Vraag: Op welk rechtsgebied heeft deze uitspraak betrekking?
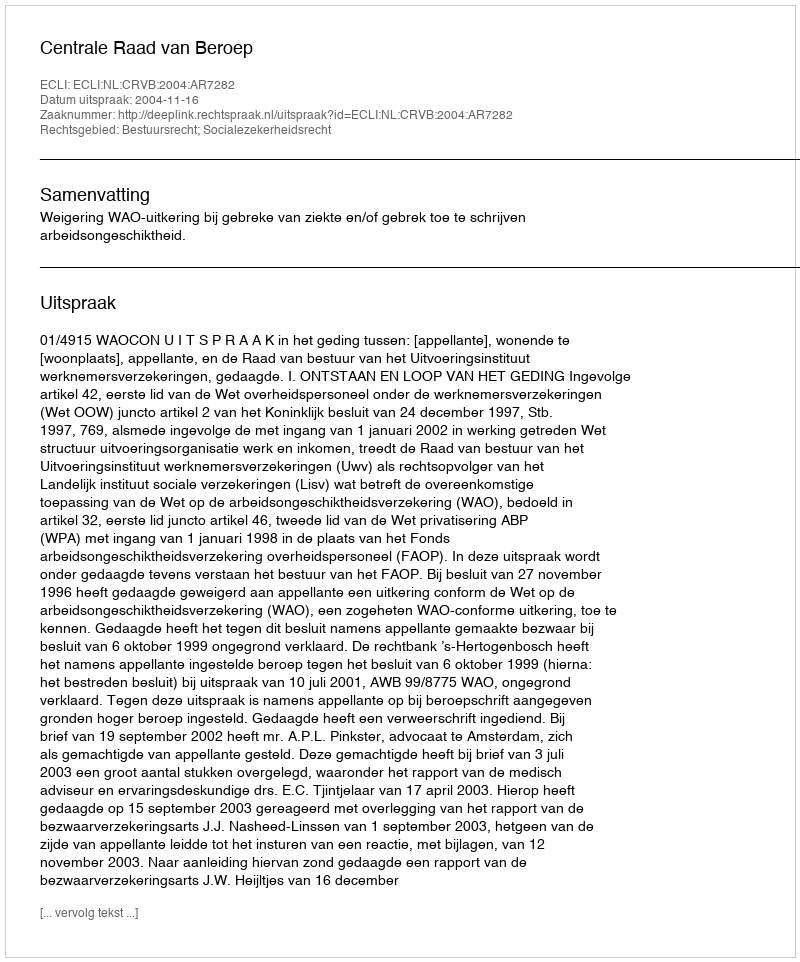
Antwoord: Bestuursrecht; Socialezekerheidsrecht